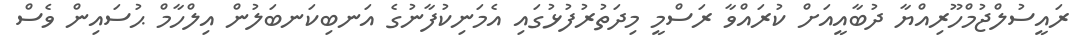
ރައީސުލްޖުމްހޫރިއްޔާ ދުބާއީއަށް ކުރައްވާ ރަސްމީ މިދަތުރުފުޅުގައި އެމަނިކުފާނުގެ އަނބިކަނބަލުން އިލްހާމް ޙުސައިން ވެސް